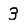
Digit: 3